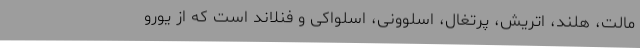
مالت، هلند، اتریش، پرتغال، اسلوونی، اسلواکی و فنلاند است که از یورو